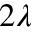
2 \lambda